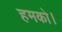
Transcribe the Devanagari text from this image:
हमको।